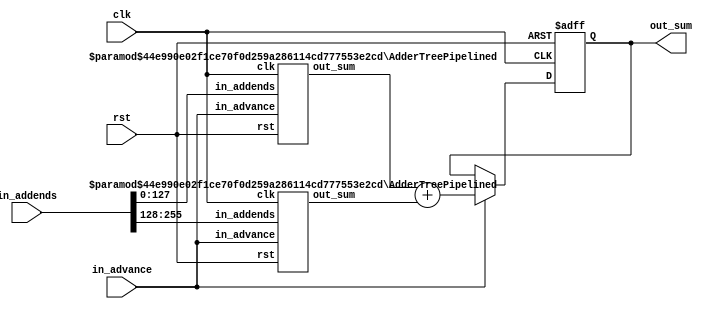
module AdderTreePipelined
#(
    parameter DATA_WIDTH=32,
    parameter LENGTH=8,
    parameter OUT_WIDTH=DATA_WIDTH+$clog2(LENGTH),
    parameter DELAT_STAGES=$clog2(LENGTH)
)
(
    input rst,
    input clk,
    input in_advance,
    input signed [LENGTH*DATA_WIDTH-1:0] in_addends,
    output signed [OUT_WIDTH-1:0] out_sum
);

localparam LENGTH_A = LENGTH >> 1;
localparam LENGTH_B = LENGTH - LENGTH_A;
localparam OUT_WIDTH_A = DATA_WIDTH + $clog2(LENGTH_A);
localparam OUT_WIDTH_B = DATA_WIDTH + $clog2(LENGTH_B);

generate
    if(LENGTH==1) begin
        if(DELAT_STAGES>0) begin
            reg signed [DELAT_STAGES*DATA_WIDTH-1:0] delay_fifo;
            assign out_sum = delay_fifo[DATA_WIDTH-1:0];
            always @(posedge clk or posedge rst) begin
                if(rst) begin
                    delay_fifo <= {{(DELAT_STAGES*DATA_WIDTH){1'b0}}};
                end
                else if(in_advance==1'b1) begin
                    delay_fifo[DELAT_STAGES*DATA_WIDTH-1 -: DATA_WIDTH] <= in_addends;
                    delay_fifo[(DELAT_STAGES-1)*DATA_WIDTH-1:0] <= delay_fifo[DELAT_STAGES*DATA_WIDTH-1:DATA_WIDTH];
                end
            end
        end
        else begin
            assign out_sum = in_addends;
        end
    end
    else begin
        reg signed [OUT_WIDTH-1:0] out_sum_temp;
        wire signed [OUT_WIDTH_A-1:0] sum_a;
        wire signed [OUT_WIDTH_B-1:0] sum_b;

        wire signed [LENGTH_A*DATA_WIDTH-1:0] addends_a;
        wire signed [LENGTH_B*DATA_WIDTH-1:0] addends_b;

        assign addends_a = in_addends[LENGTH_A*DATA_WIDTH-1:0];
        assign addends_b = in_addends[LENGTH*DATA_WIDTH-1:LENGTH_A*DATA_WIDTH];

        //divide set into two block
        AdderTreePipelined #(
            .DATA_WIDTH(DATA_WIDTH),
            .LENGTH(LENGTH_A),
            .OUT_WIDTH(OUT_WIDTH_A),
            .DELAT_STAGES(DELAT_STAGES-1)
        ) subtree_a (
            .rst(rst),
            .clk(clk),
            .in_advance(in_advance),
            .in_addends(addends_a),
            .out_sum(sum_a)
        );

        AdderTreePipelined #(
            .DATA_WIDTH(DATA_WIDTH),
            .LENGTH(LENGTH_B),
            .OUT_WIDTH(OUT_WIDTH_B),
            .DELAT_STAGES(DELAT_STAGES-1)
        ) subtree_b (
            .rst(rst),
            .clk(clk),
            .in_advance(in_advance),
            .in_addends(addends_b),
            .out_sum(sum_b)
        );
        
        always @(posedge clk or posedge rst) begin
            if(rst) begin
                out_sum_temp <= {{OUT_WIDTH{1'b0}}};
            end
            else if(in_advance) begin
                out_sum_temp <= sum_a + sum_b;
            end
        end
        assign out_sum = out_sum_temp;
    end
endgenerate

endmodule